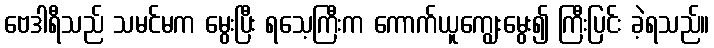
ဗေဒါရီသည် သမင်မက မွေးပြီး ရသေ့ကြီးက ကောက်ယူကျွေးမွေး၍ ကြီးပြင်း ခဲ့ရသည်။